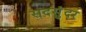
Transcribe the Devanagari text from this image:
सदसुंदर